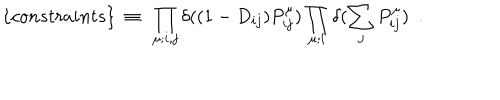
LaTeX: \{ c o n s t r a i n t s \} ~ \equiv ~ \prod _ { \mu ; i , j } \delta ( ( 1 - D _ { i j } ) P _ { i j } ^ { \mu } ) \prod _ { \mu ; i } \delta ( \sum _ { j } P _ { i j } ^ { \mu } ) ~ ~ .